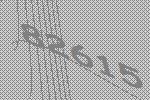
82615